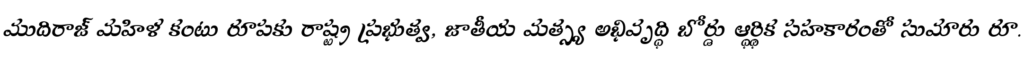
ముదిరాజ్ మహిళ కంటు రూపకు రాష్ట్ర ప్రభుత్వ, జాతీయ మత్స్య అభివృద్ధి బోర్డు ఆర్థ్ధిక సహకారంతో సుమారు రూ.